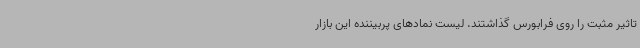
تاثیر مثبت را روی فرابورس گذاشتند. لیست نمادهای پربیننده این بازار